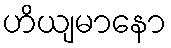
ဟိယျမာနော